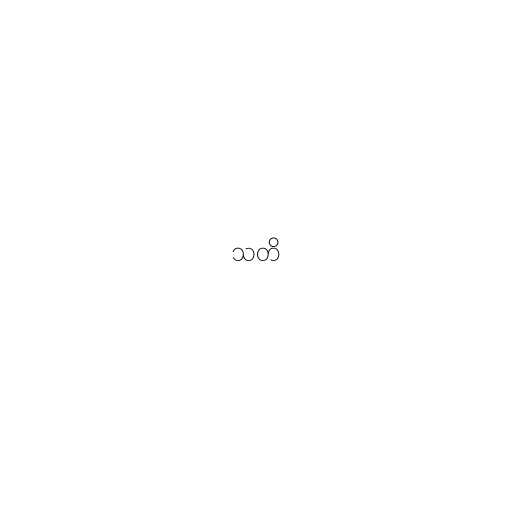
သတိ